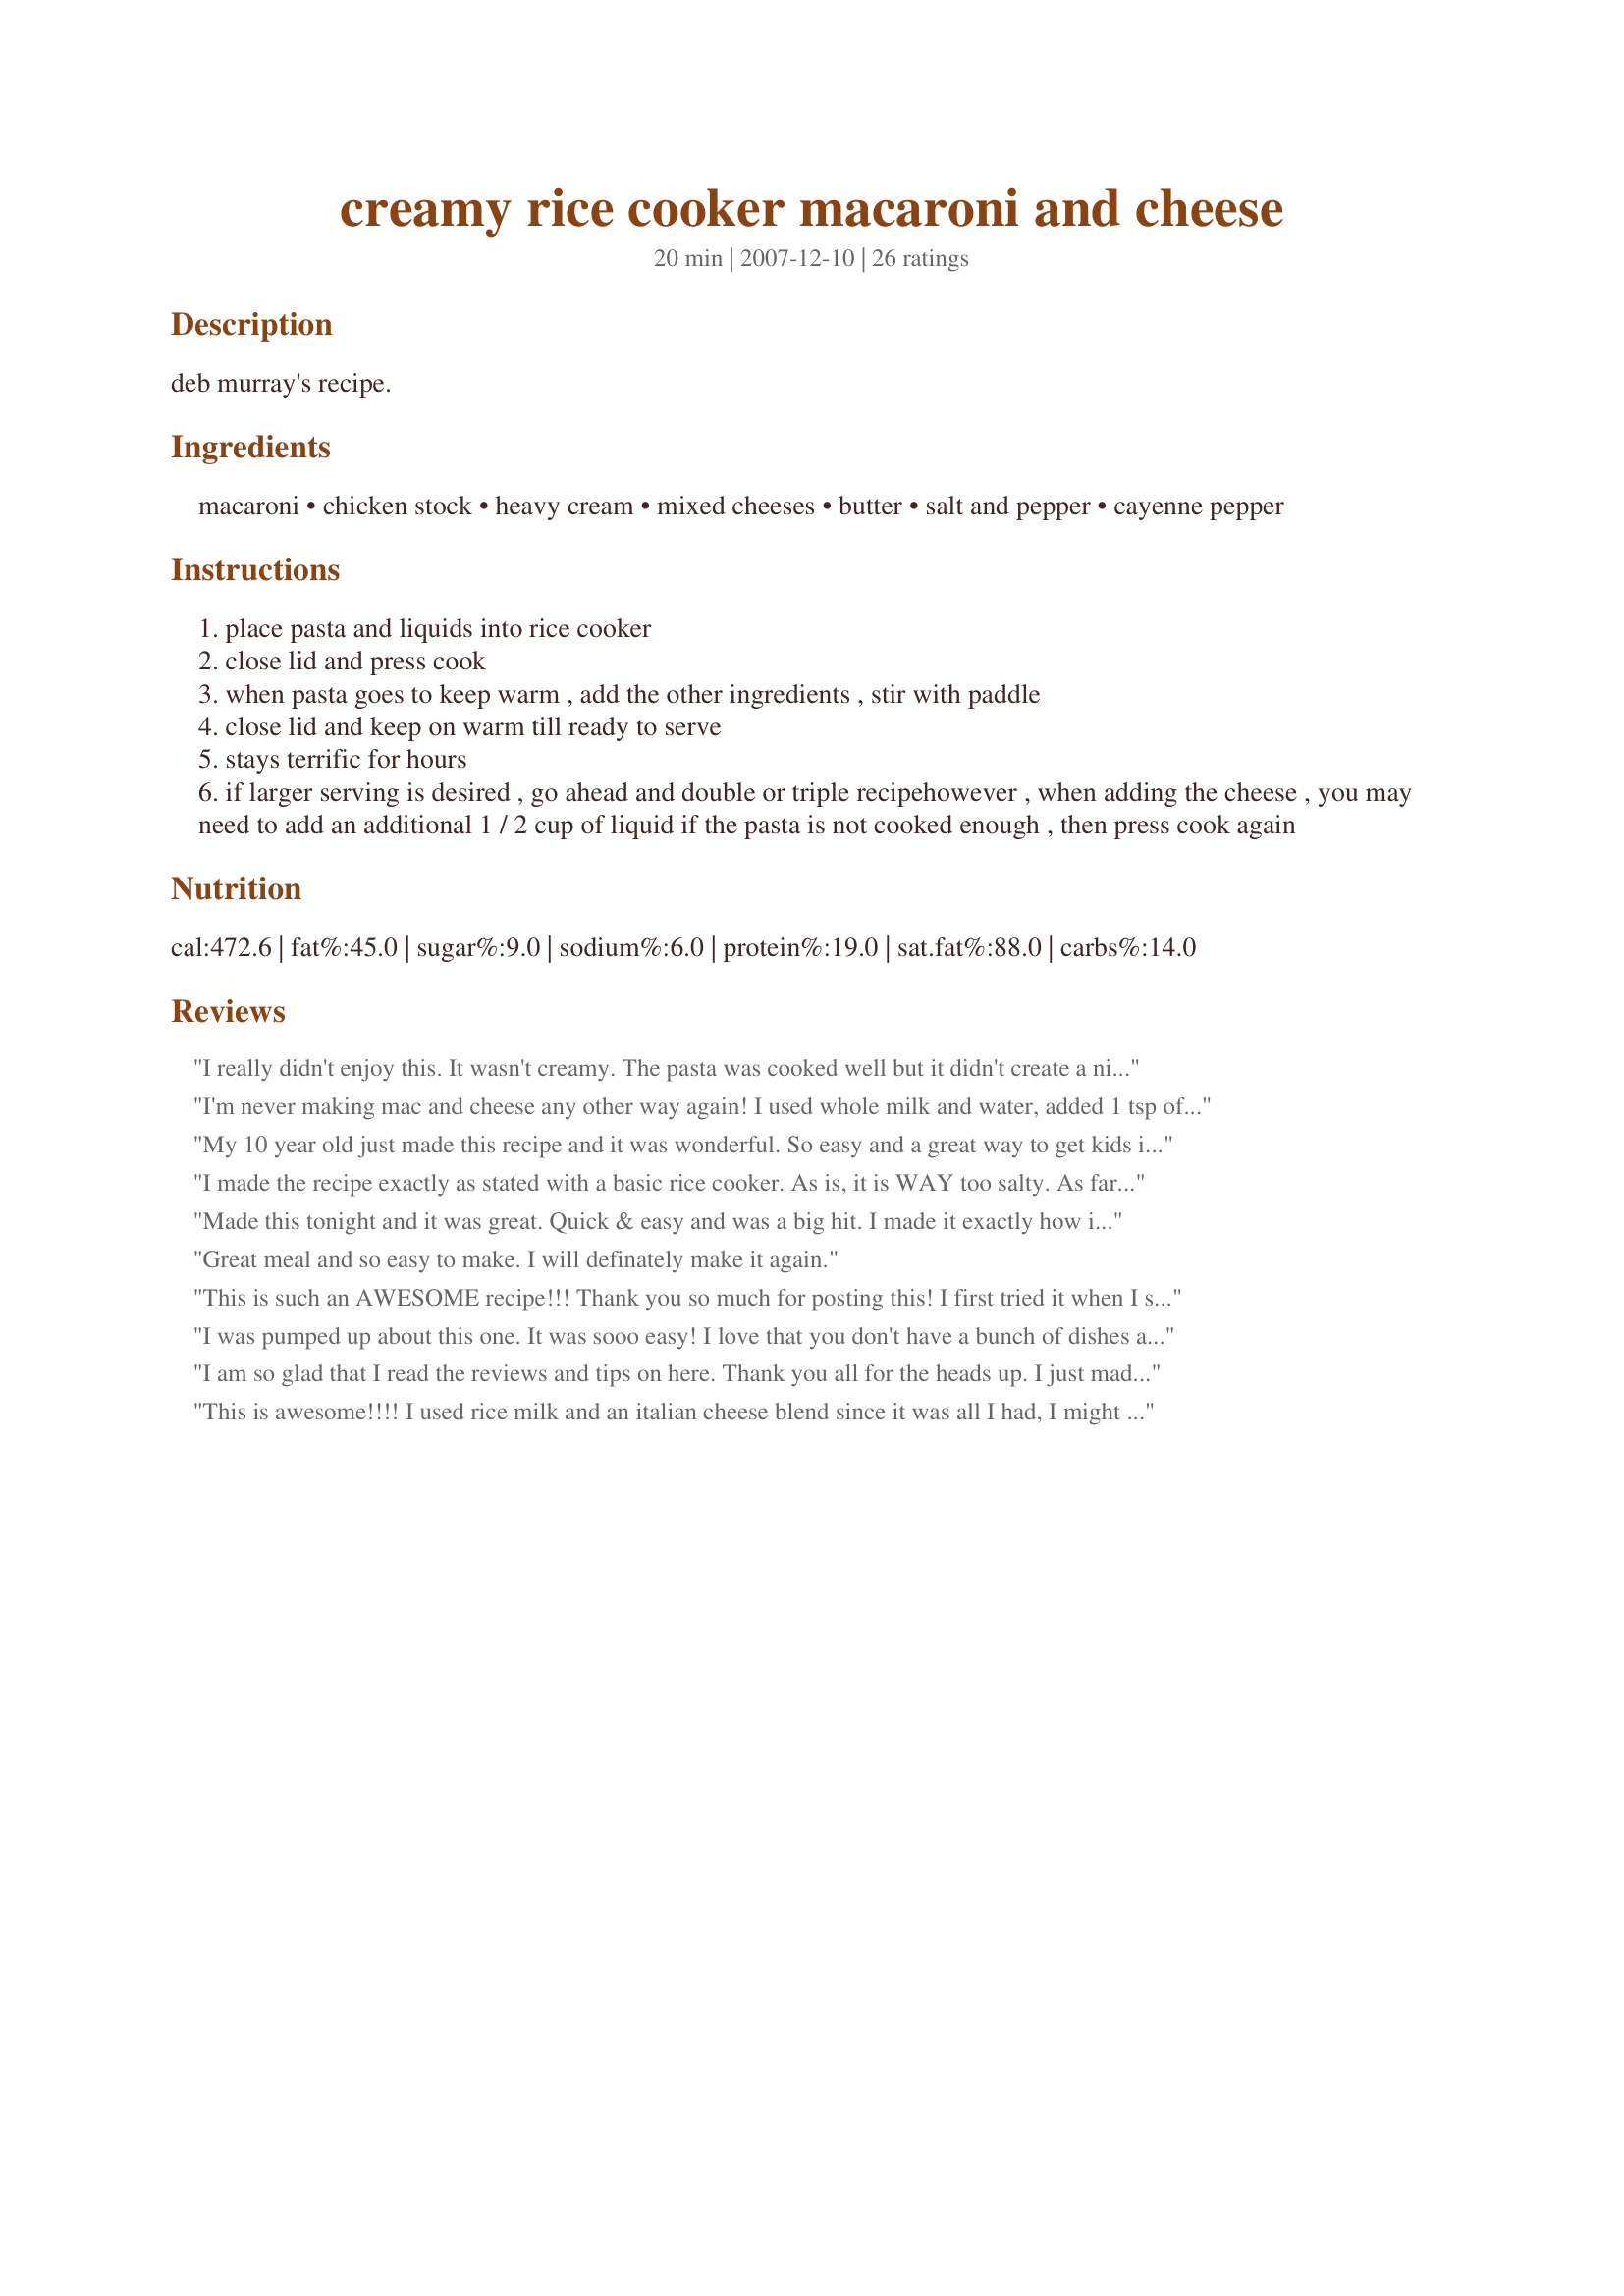
creamy rice cooker macaroni and cheese
Preparation time: 20 minutes

deb murray's recipe.

Ingredients:
macaroni, chicken stock, heavy cream, mixed cheeses, butter, salt and pepper, cayenne pepper

Steps:
place pasta and liquids into rice cooker
close lid and press cook
when pasta goes to keep warm , add the other ingredients , stir with paddle
close lid and keep on warm till ready to serve
stays terrific for hours
if larger serving is desired , go ahead and double or triple recipehowever , when adding the cheese , you may need to add an additional 1 / 2 cup of liquid if the pasta is not cooked enough , then press cook again

Reviews:
I really didn't enjoy this. It wasn't creamy. The pasta was cooked well but it didn't create a nice smooth creamy sauce like I had expected. I found it to be extremely greasy. I expect I'll use the leftovers for a casserole.
I'm never making mac and cheese any other way again! I used whole milk and water, added 1 tsp of garlic salt in the first step. I used 1 cup of shredded sharp cheddar and 1 cup of shredded monterrey jack cheese.

thank you so much for posting this recipe, it is easy and good and will be a staple in our house.
My 10 year old just made this recipe and it was wonderful. So easy and a great way to get kids interested in cooking and helping in the kitchen. I love that the bottom got golden brown just liked it was baked in the oven!
I made the recipe exactly as stated with a basic rice cooker. As is, it is WAY too salty. As far as the texture goes, it sure wasn't creamy at all. I opted for the half & half and chicken stock option as the choice was given in the recipe. It is a sticky hot mess of cheese and noodles. Very much tacky and not smooth as expected. Maybe it wouldn't be so salty if I had used the water option instead, but I'll stick to the Paula Dean Crockpot Mac & Cheese recipe, thanks!
Made this tonight and it was great. Quick & easy and was a big hit. I made it exactly how it said and it was really creamy & delicious!
Great meal and so easy to make. I will definately make it again.
This is such an AWESOME recipe!!! Thank you so much for posting this! I first tried it when I saw it in Mary Hunt's "Everyday Cheapskate" newsletter and my children have been in love with it ever since. It's quick, easy and best of all tastes great! The ingredients are all staples in my kitchen, so it's a quick fix on nights when I don't really feel like cooking. Thanks again!!
I was pumped up about this one. It was sooo easy! I love that you don't have a bunch of dishes at the end. It really comes out almost as if it was baked. I used Gluten free (brown rice pasta) and added a little nutmeg and 1/2 tsp of lemon juice. My boyfriend said it was the best he ever had! Best of all I had leftovers (which I refrigerated). The next day I put it back in the rice cooker with a little more stock and some milk and it was just like freshly made!
I am so glad that I read the reviews and tips on here. Thank you all for the heads up. I just made this. I used water with 2 tsp. of chicken bouillon. I increased water to 2.5 cups, glad I did...I had a few slightly crisp on the bottom (which made it more home made like) Then went it went to warmer mode, I added 1/2 each of onion powder, garlic powder, and salt. 2.5 cups of jack, pizza mixture cheese and 1 cup of fat free milk...Very YUMMY!
This is awesome!!!! I used rice milk and an italian cheese blend since it was all I had, I might never make mac and cheese another way!!!
My DH is not a big pasta side dish fan and he asked me to make sure I kept this recipe. I followed the advice of other reviewers, doubled the broth and only added the cream once the rice cooker switched to warm. The first time I made it I added the cream at the beginning and it boiled all over the counter. No problems once I made the adjustments. I also steamed broccoli and added it once the cheese had melted. Just might be the only way I've ever seen my 82 year old Dad eat broccoli willingly. Thanks for posting this easy, recipe.
I made this today and is a great recipe as is. I did change it a bit. I didn't have enough shredded cheese, so I only added 4 oz along with 1/2 jar cheddar cheese by Ragu. I didn't add butter as it didn't seem to need it and I added bacon bits and 1 1/2 cups broccoli florets and DW and I were so surprized as to how good it was. After it has cooked, let it sit in the rice cooker on warm for a few minutes and it will get a crust.
Awesome! I add a little onion powder to it, maybe a 1/4 teaspoon with the cheese. I don't turn it to warm, I unplug it and then mix in the cheese. Works perfectly for me. I use an italian blend shredded cheese: Mozzarella, asiago, parmesan and romano. Taste-y!
What a wonerful one! I tried it in my Redmond 250 and It&#039;s perfect, much better than in cooker. Now it can remember that reciepe and do it every day! Thank u!
what an easy home made mac and cheese. . . i do daycare and with a double or triple batch it makes a ver quick and eay lunch i did add ham and didnt have the cream so i used milk but it was still really really good
PLEASE READ IF YOU USE AN ELECTRONIC RICE COOKER:<br/>Let me first say this recipe is great - smooth, creamy mac and cheese awaits you! However, if you own an electronic rice cooker be very careful about your liquid substitutions and how much you make.<br/><br/>The first time I made this I doubled it (my cooker is large) and used milk - and created an awful mess in the process. It boiled over and got chunks of curdled milk in between the insert and the rice cooker. To this day I still have burnt milk I can't clean up. I will also note that if using milk (I used 2%) there will be little chunks of milk curdle in the mac and cheese. Blech.<br/><br/>I made this tonight and followed the recipe to a T. I still doubled it, but no curdled milk mess. Of course it isn't the healthiest mac and cheese but it's quite tasty!<br/><br/>Unless you know your rice cooker well and know how to cook non-rice items, proceed with caution!
Good! I added a dash of paprika and nutmeg. With vegetable broth it's vegetarian. I used cheddar, parmesan and mozzarella. I found I needed to add more water with the cheese (although I didn't increase the recipe), and also added the butter with the water & milk in hopes it wouldn't boil over (it did anyway). Next time I will saute some onions in the pot before starting the pasta going.
Thanks!
Maybe its my rice cooker, but the macaroni was a bit undercooked - not creamy - and there was a dark brown crust on the underside after the macaroni cooked that I decided had to be removed. I may have used a bit too much sharp cheddar. I may try again and not add the milk until the latter step, as suggested by some. However, I am not sure the calories and fat are worth it!
We had this tonight. Made it with milk and water no cream. Added some chives at the end. I found it quite dry, tho it was tasty and the kids loved it. Best bit was using my rice cooker for something else and it being made in one pot! Kids gave this recipe 4 stars, and I guess I do too. Will make it again for sure. Thanks for the recipe.
This is the only mac n' cheese my kids will eat. There is no grainy texture, and it is kid friendly. For adults only, I would choose something a bit more interesting. When I want to lighten it up, I use the cracker barrel reduced fat cheddar cheese, half and half (instead of heavy cream). I am at high altitude (5300), and have to use about 2.25 cups of chicken stock to make it work out for me.
This recipe was great. I initially tried it because I'd gotten a new rice cooker and I already had all the ingredients. I threw in some grilled chicken strips for protein. My boyfriend said it was the best mac n cheese I've ever made. I'm never going to make it any other way again. I did reduce the amount of cream and cheese, to our likings.
This was good. I used recipe #357873 in mine a some Cheddar and Parmesan cheese combined. Ate it with chicken nuggets at the side. Made a nice , easy lunch. Thanks for posting.
I'm at 5900 ft in elevation. The first time I made this, I followed the recipe - I put ALL of the liquids in the cooker at the beginning. All the liquid evaporated and when I put in the cheese, it didn't turn out creamy at all. The cheese barely melted. I decided to try again and this time, I doubled my chicken broth and did not put in the milk at the beginning. I used half and half and put that in when it switched over to keep warm along with the rest of the ingredients. Turned out perfect this time. Very easy and simple.
Pretty good! I had to use milk and kraft dinner cheese and I didn't have all of the ingredients, but it still turned out well.
This was a great recipe. It ws quick and easy and tasted great. Loved that I could put everything in the rice cooker and let it do all the work. I also used milk instead of cream and it was great.
This is the best! I'm single, so I can make this and eat it different ways for several days. I use milk, instead of the heavy cream/half n half. Thanks for the recipe!
